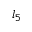
l _ { 5 }